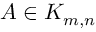
A \in K _ { m , n }